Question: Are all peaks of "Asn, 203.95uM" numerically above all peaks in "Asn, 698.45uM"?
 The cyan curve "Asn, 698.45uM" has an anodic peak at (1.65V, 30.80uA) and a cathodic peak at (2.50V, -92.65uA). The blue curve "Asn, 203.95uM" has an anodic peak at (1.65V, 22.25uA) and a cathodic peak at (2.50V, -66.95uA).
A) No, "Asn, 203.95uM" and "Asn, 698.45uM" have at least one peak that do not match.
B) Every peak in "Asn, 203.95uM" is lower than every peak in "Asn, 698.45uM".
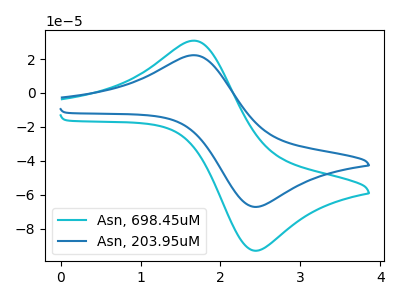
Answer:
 <answer>B) Every peak in "Asn, 203.95uM" is lower than every peak in "Asn, 698.45uM".</answer>
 <eval>B</eval>